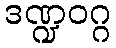
ဒဏ္ဍဝဂ္ဂ